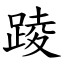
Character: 踜